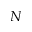
N